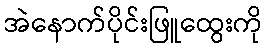
အဲနောက်ပိုင်းဖြူထွေးကို